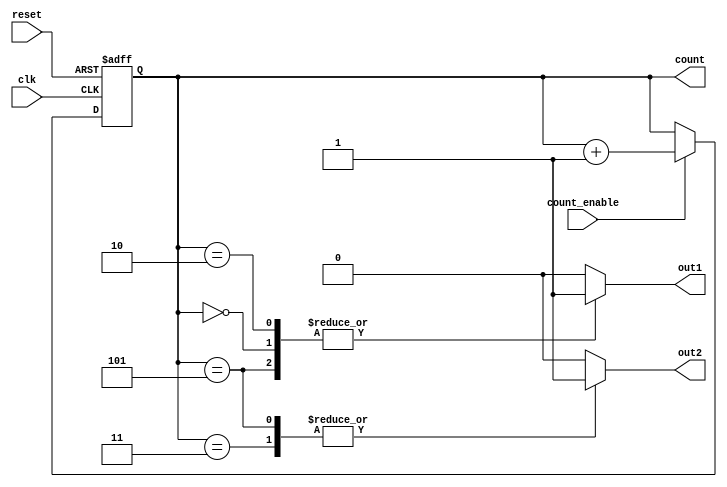
module SynchronousCounter (
    input wire clk,               // Clock input
    input wire reset,             // Asynchronous reset
    input wire count_enable,      // Count enable input
    output reg [3:0] count,       // 4-bit counter output
    output reg out1,              // Output signal 1
    output reg out2               // Output signal 2
);

// Asynchronously reset the counter
always @(posedge clk or posedge reset) begin
    if (reset) begin
        count <= 4'b0000;         // Reset count to 0
    end else if (count_enable) begin
        count <= count + 1;       // Increment count on rising edge of clock
    end
end

// Output control logic based on the current count value
always @(*) begin
    // Default output values
    out1 = 1'b0;                 // Reset output 1
    out2 = 1'b0;                 // Reset output 2
    
    // Example output conditions based on count value
    case (count)
        4'b0000: begin
            out1 = 1'b1;         // Activate out1 when count is 0
        end
        4'b0010: begin
            out1 = 1'b1;         // Activate out1 when count is 2
        end
        4'b0011: begin
            out2 = 1'b1;         // Activate out2 when count is 3
        end
        4'b0101: begin
            out1 = 1'b1;         // Activate out1 when count is 5
            out2 = 1'b1;         // Activate out2 when count is 5
        end
        // Add more conditions as needed
        default: begin
            out1 = 1'b0;         // Default state for out1
            out2 = 1'b0;         // Default state for out2
        end
    endcase
end

endmodule